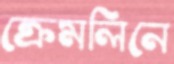
ক্রেমলিনে